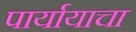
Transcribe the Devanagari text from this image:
पार्यायाचा